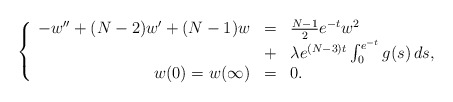
\begin{align*}\left\{ \begin{array}{rcl}-w'' + (N-2)w' + (N-1)w &=& \frac{N-1}{2} e^{-t} w^2 \\&+& \lambda e^{(N-3)t} \int_0^{e^{-t}} g(s) \, ds, \\w(0)=w(\infty) &=& 0.\end{array}\right.\end{align*}